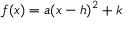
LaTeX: f ( x ) = a ( x - h ) ^ { 2 } + k \,